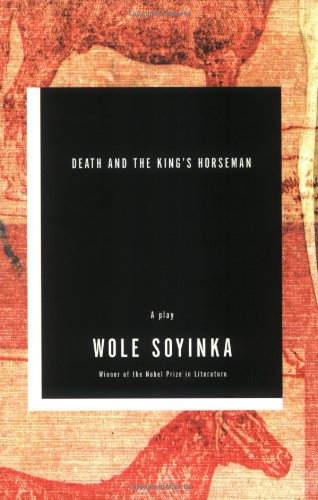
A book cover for Death and the King's Horseman: A Play; Wole Soyinka; Literature & Fiction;